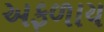
અફળાય